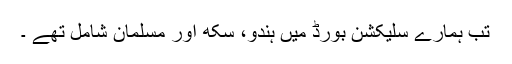
تب ہمارے سلیکشن بورڈ میں ہندو، سکھ اور مسلمان شامل تھے ۔